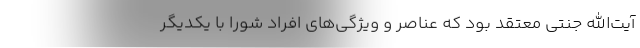
آیت‌الله جنتی معتقد بود که عناصر و ویژگی‌های افراد شورا با یکدیگر